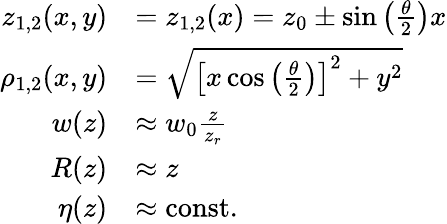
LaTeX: \begin{array}{rl}{z_{1,2}(x,y)}&{=z_{1,2}(x)=z_{0}\pm\sin\left(\frac{\theta}{2}\right)x}\\ {\rho_{1,2}(x,y)}&{=\sqrt{\left[x\cos\left(\frac{\theta}{2}\right)\right]^{2}+y^{2}}}\\ {w(z)}&{\approx w_{0}\frac{z}{z_{r}}}\\ {R(z)}&{\approx z}\\ {\eta(z)}&{\approx\mathrm{const.}}\end{array}